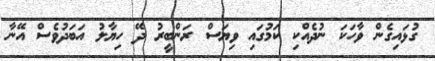
ގުޅައިގެން ވާހަކަ ނުދެއްކި ކަމުގައި ވިޔަސް ރަންބީރު ދޭ ހިޔާލު އަބަދުވެސް އޭނާ